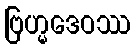
ဗြဟ္မဒေဝဿ